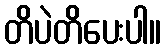
တိပဲတိပေးပါ။